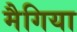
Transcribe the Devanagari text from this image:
मैगिया